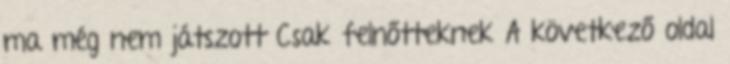
ma még nem játszott Csak felnőtteknek A következő oldal